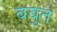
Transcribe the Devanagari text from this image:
बबुत